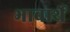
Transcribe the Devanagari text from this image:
भावार्थे